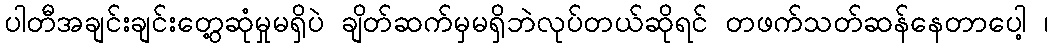
ပါတီအချင်းချင်းတွေ့ဆုံမှုမရှိပဲ ချိတ်ဆက်မှမရှိဘဲလုပ်တယ်ဆိုရင် တဖက်သတ်ဆန်နေတာပေါ့ ၊